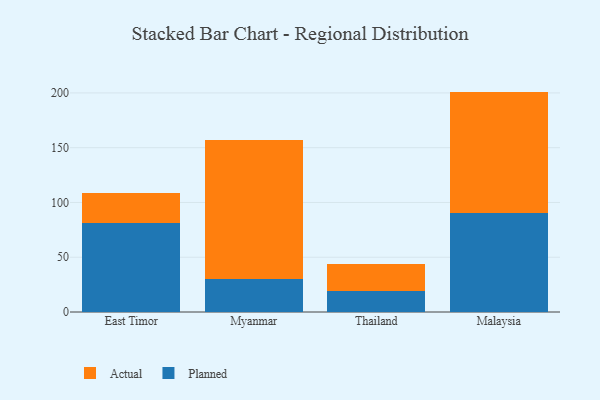
{"axis": {"x": "Country", "y": "Inventory Turnover"}, "legend": ["Actual", "Planned"], "data": [{"x": "East Timor", "y": 81.7, "type": "Planned"}, {"x": "East Timor", "y": 27.2, "type": "Actual"}, {"x": "Myanmar", "y": 30.2, "type": "Planned"}, {"x": "Myanmar", "y": 126.9, "type": "Actual"}, {"x": "Thailand", "y": 19.6, "type": "Planned"}, {"x": "Thailand", "y": 24.4, "type": "Actual"}, {"x": "Malaysia", "y": 90.5, "type": "Planned"}, {"x": "Malaysia", "y": 110.7, "type": "Actual"}]}